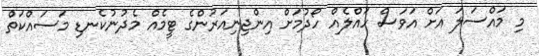
މި މައްސަލަ އަށް އަވަސް ހައްލެއް ހޯދުމަށް އިންޖިނިއަރުންގެ ޓީމެއް މެދުނުކެނޑި މަސައްކަތް